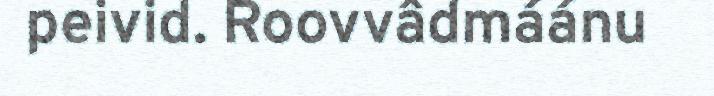
peivid. Roovvâdmáánu